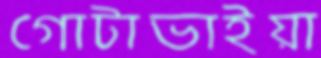
গোটাভাইয়া